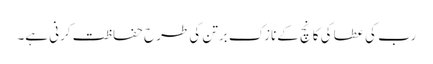
رب کی عطا کی کانچ کےنازک برتن کی طرح حفاظت کرنی ہے۔